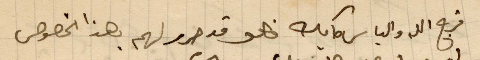
فرجالله الياس حايك فهو قد حرر لهم بهذا الخصوص